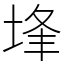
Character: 埄